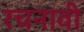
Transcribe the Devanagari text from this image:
रचनावी